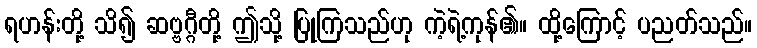
ရဟန်းတို့ သိ၍ ဆဗ္ဗဂ္ဂီတို့ ဤသို့ ပြုကြသည်ဟု ကဲ့ရဲ့ကုန်၏။ ထို့ကြောင့် ပညတ်သည်။